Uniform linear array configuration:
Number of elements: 16
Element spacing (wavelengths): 1
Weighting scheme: uniform
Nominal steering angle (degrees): -60
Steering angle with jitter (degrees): -59.859
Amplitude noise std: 0.05
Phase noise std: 0.05

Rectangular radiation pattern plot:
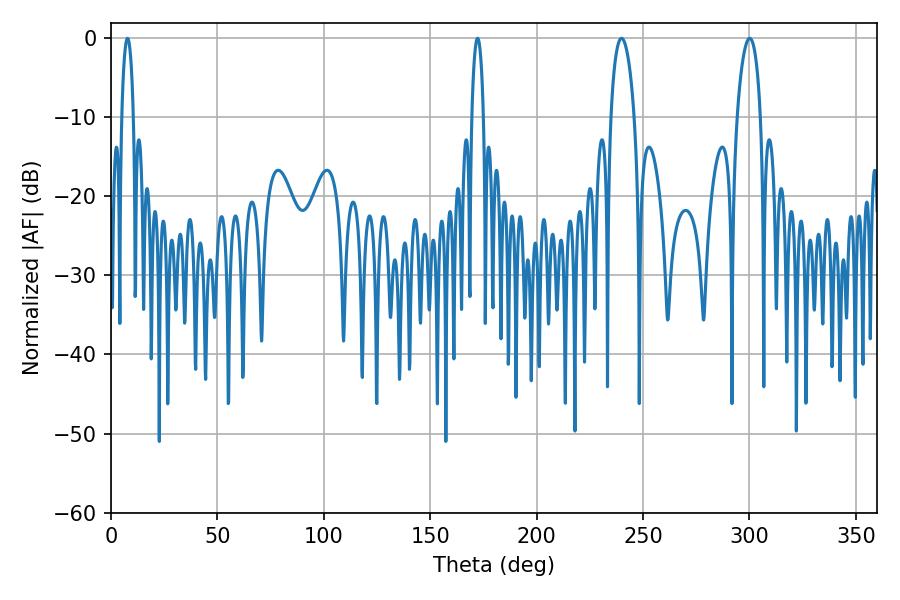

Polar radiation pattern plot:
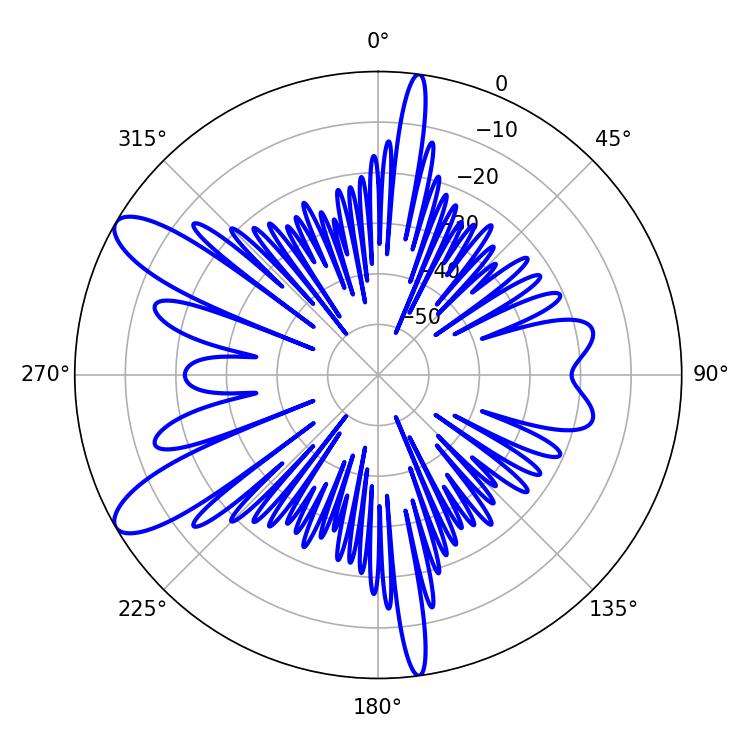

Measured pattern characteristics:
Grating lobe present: TRUE
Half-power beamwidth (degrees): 3.06
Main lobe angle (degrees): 7.74